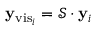
\mathbf { y } _ { \mathrm { v i s } _ { i } } = \mathcal { S } \cdot \mathbf { y } _ { i }